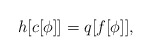
\begin{align*}h[c[\phi]] = q[f[\phi]] ,\end{align*}